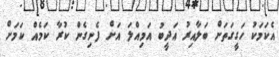
އެކަމަކު ހަގީގަތަށް ބަލާއިރު އަދީބު އަމިއްލަ އަށް ފެނިގެން ކުރާ ކަމެއް ކަމަށް